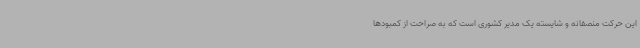
این حرکت منصفانه و شایسته یک مدیر کشوری است که به صراحت از کمبودها